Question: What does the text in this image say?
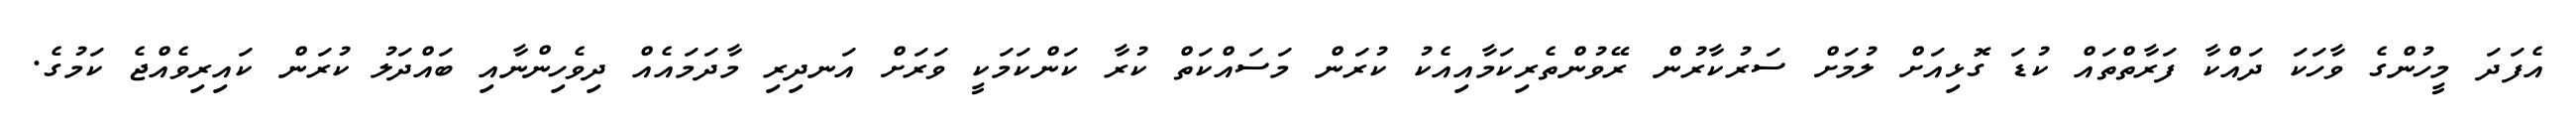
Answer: އެފަދަ މީހުންގެ ވާހަކަ ދައްކާ ފަރާތްތައް ކުޑަ ގޮޅިއަށް ލުމަށް ސަރުކާރުން ރޭވުންތެރިކަމާއިއެކު ކުރަން މަސައްކަތް ކުރާ ކަންކަމަކީ ވަރަށް އަނދިރި މާދަމައެއް ދިވެހިންނާއި ބައްދަލު ކުރަން ކައިރިވެއްޖެ ކަމުގެ.